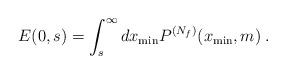
LaTeX: \begin{align*} E(0,s)=\int_s^\infty dx_{\rm min} P^{(N_f)}(x_{\rm min},m)\:.\end{align*}